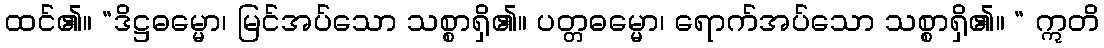
ထင်၏။ “ဒိဋ္ဌဓမ္မော၊ မြင်အပ်သော သစ္စာရှိ၏။ ပတ္တဓမ္မော၊ ရောက်အပ်သော သစ္စာရှိ၏။ “ ဣတိ